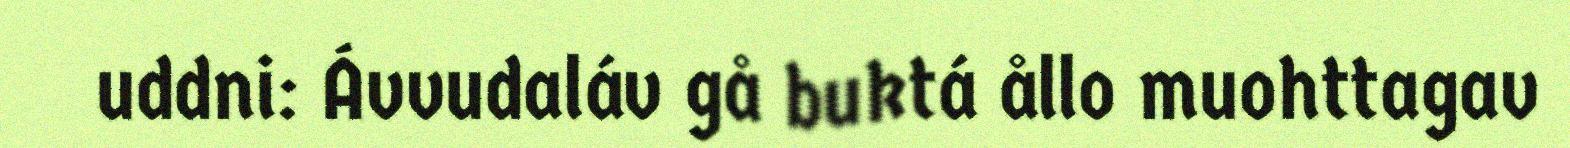
uddni: Ávvudaláv gå buktá ållo muohttagav